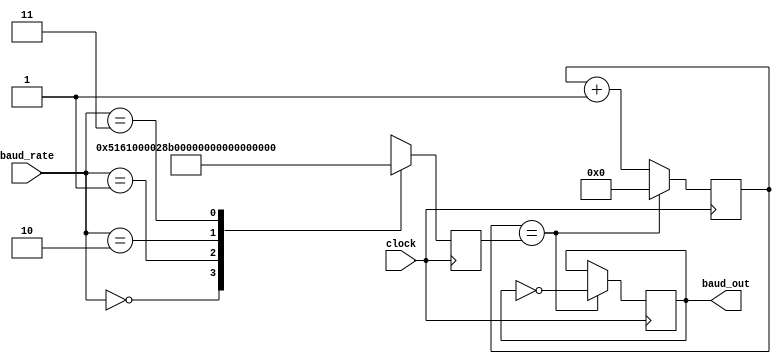
// baud_gen
module baud_gen(clock,baud_rate,baud_out);
  input clock;
  output reg baud_out;
  input [1:0] baud_rate;

reg [14:0] counter;
  integer div;
  always@(posedge clock )
  begin
    case(baud_rate)
      2'b00:begin
        div<=20833;// divide by 16 in receiver only
      end
      2'b01:begin
        div<=10416;
      end
      2'b10:begin
        div<=5208;
      end
      2'b11:begin
        div<=2604;
      end
    endcase
    if(counter==div)
      begin
        baud_out=~baud_out;
        counter<=0;
      end
    else counter<=counter+1;
  end
endmodule